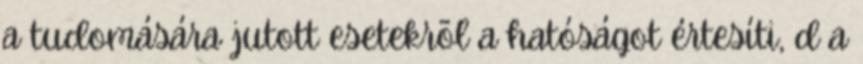
a tudomására jutott esetekrõl a hatóságot értesíti, d a